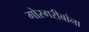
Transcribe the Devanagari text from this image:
गोरगरीबांना